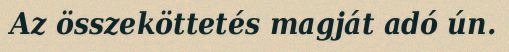
Az összeköttetés magját adó ún.